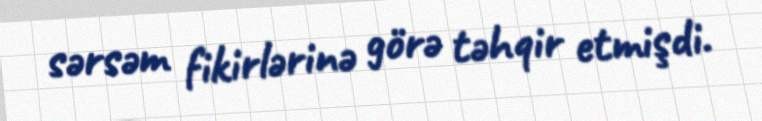
sərsəm fikirlərinə görə təhqir etmişdi.